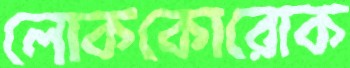
লোককোরোক